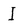
Character: I